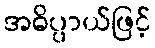
အဓိပ္ပာယ်ဖြင့်